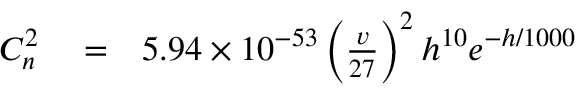
\begin{array} { r l r } { C _ { n } ^ { 2 } } & { { } = } & { 5 . 9 4 \times 1 0 ^ { - 5 3 } \left( \frac { v } { 2 7 } \right) ^ { 2 } h ^ { 1 0 } e ^ { - h / 1 0 0 0 } } \end{array}